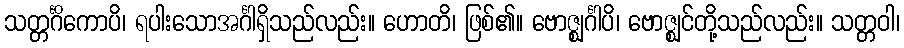
သတ္တင်္ဂိကောပိ၊ ရပါးသောအင်္ဂါရှိသည်လည်း။ ဟောတိ၊ ဖြစ်၏။ ဗောဇ္ဈင်္ဂါပိ၊ ဗောဇ္ဈင်တို့သည်လည်း။ သတ္တဝါ၊